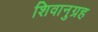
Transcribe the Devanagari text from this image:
शिवानुग्रह